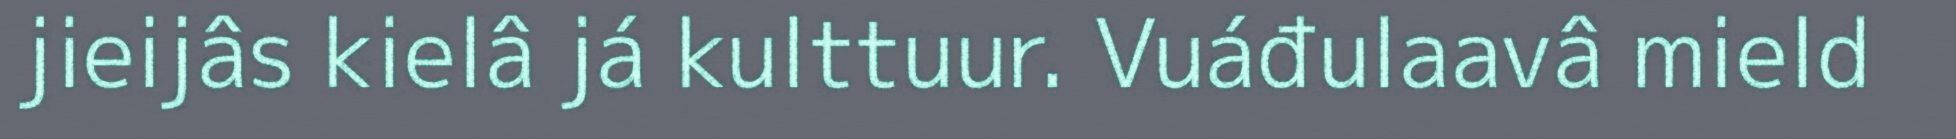
jieijâs kielâ já kulttuur. Vuáđulaavâ mield